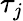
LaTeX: \tau_{j}